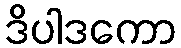
ဒိပါဒကော